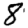
Digit: 8